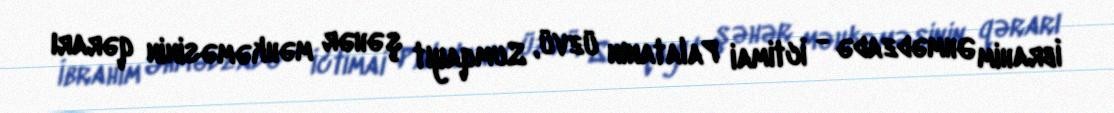
İbrahim Əhmədzadə - İctimai Palatanın üzvü, Sumqayıt şəhər məhkəməsinin qərarı